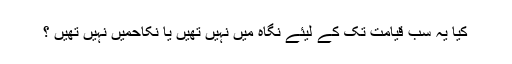
کیا یہ سب قیامت تک کے لیئے نگاہ میں نہیں تھیں یا نکاحمیں نہیں تھیں ؟